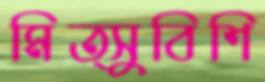
মিত্সুবিশি